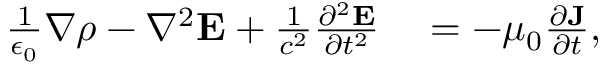
\begin{array} { r l } { \frac { 1 } { \epsilon _ { 0 } } \nabla \rho - \nabla ^ { 2 } { \mathbf E } + \frac { 1 } { c ^ { 2 } } \frac { \partial ^ { 2 } { \mathbf E } } { \partial t ^ { 2 } } } & { { } = - \mu _ { 0 } \frac { \partial { \mathbf J } } { \partial t } , } \end{array}